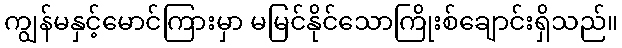
ကျွန်မနှင့်မောင်ကြားမှာ မမြင်နိုင်သောကြိုးစ်ချောင်းရှိသည်။